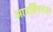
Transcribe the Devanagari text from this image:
आयर्विननंतर